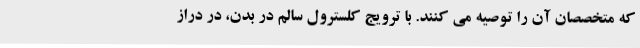
که متخصصان آن را توصیه می کنند. با ترویج کلسترول سالم در بدن، در دراز